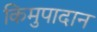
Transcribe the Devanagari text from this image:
किमुपादान